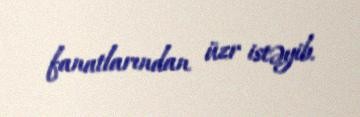
fanatlarından üzr istəyib.